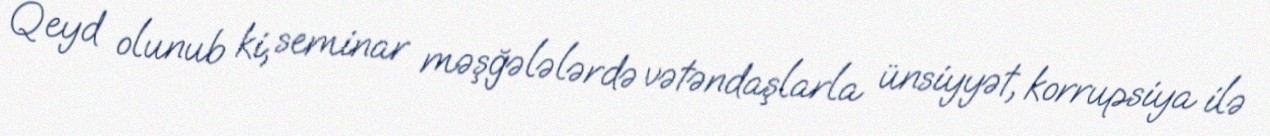
Qeyd olunub ki, seminar məşğələlərdə vətəndaşlarla ünsiyyət, korrupsiya ilə